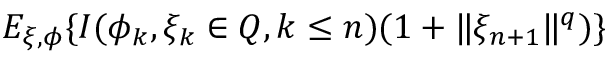
\begin{array} { r l } { E _ { \xi , \phi } \{ I ( \phi _ { k } , \xi _ { k } \in Q , k \le n ) ( 1 + \| \xi _ { n + 1 } \| ^ { q } ) \} } \end{array}